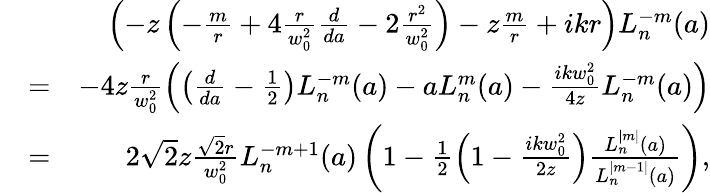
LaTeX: \begin{array}{rlr}&{}&{\left(-z\left(-\frac{m}{r}+4\frac{r}{w_{0}^{2}}\frac{d}{da}-2\frac{r^{2}}{w_{0}^{2}}\right)-z\frac{m}{r}+ikr\right)L_{n}^{-m}(a)}\\ &{=}&{-4z\frac{r}{w_{0}^{2}}\left(\left(\frac{d}{da}-\frac{1}{2}\right)L_{n}^{-m}(a)-aL_{n}^{m}(a)-\frac{ikw_{0}^{2}}{4z}L_{n}^{-m}(a)\right)}\\ &{=}&{2\sqrt{2}z\frac{\sqrt{2}r}{w_{0}^{2}}L_{n}^{-m+1}(a)\left(1-\frac{1}{2}\left(1-\frac{ikw_{0}^{2}}{2z}\right)\frac{L_{n}^{|m|}(a)}{L_{n}^{|m-1|}(a)}\right),}\end{array}